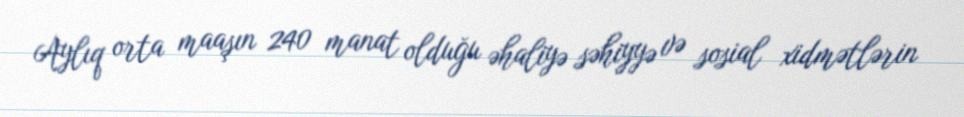
Aylıq orta maaşın 240 manat olduğu əhaliyə səhiyyə və sosial xidmətlərin